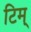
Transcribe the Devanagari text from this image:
टिम्‌